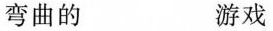
弯曲的 游戏